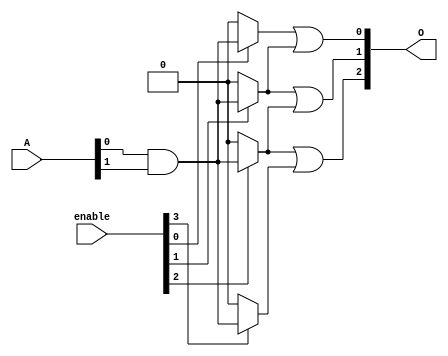
module PAL #(parameter n = 4,  // Number of inputs
             parameter m = 3,  // Number of outputs
             parameter p = 4   // Number of programmable AND gates
            ) (
    input  wire [n-1:0] A,      // Input lines
    input  wire [p-1:0] enable,  // Enable lines for AND gates
    output wire [m-1:0] O        // Output lines
);
    // Intermediate product terms from AND gates
    wire [p-1:0] P;              // Product terms from AND gates
    
    // Programmable AND array
    genvar i;
    generate
        for (i = 0; i < p; i = i + 1) begin: and_array
            // Each AND gate can be programmed to take inputs (A) or inverted inputs
            assign P[i] = (enable[i]) ? 
                           (A[0] & A[1]) : 0; // Example of programmable logic for demonstration
            // You can add more logic to select different combinations of A, ~A
        end
    endgenerate

    // Fixed OR array
    assign O[0] = P[0] | P[1];   // Output 0 is the result of ORing product terms P0 and P1
    assign O[1] = P[1] | P[2];   // Output 1 is the result of ORing product terms P1 and P2
    assign O[2] = P[2] | P[3];   // Output 2 is the result of ORing product terms P2 and P3
    // Outputs could be based on combination of P terms as needed

endmodule